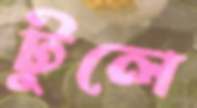
টুলে